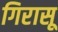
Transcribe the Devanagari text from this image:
गिरासू